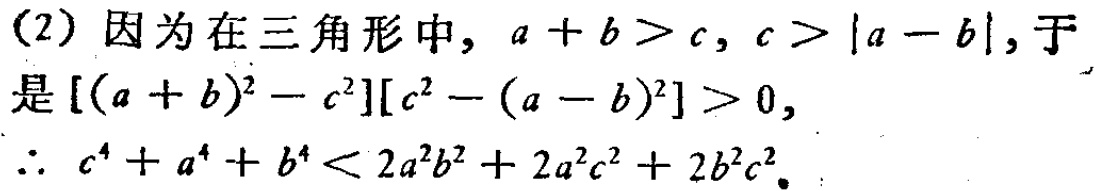
(2) 因为在三角形中，\(a + b > c\)，\(c > |a - b|\)，于是\([(a + b)^2 - c^2][c^2 - (a - b)^2]>0\)，

\(\therefore c^4 + a^4 + b^4 < 2a^2b^2 + 2a^2c^2 + 2b^2c^2\)。